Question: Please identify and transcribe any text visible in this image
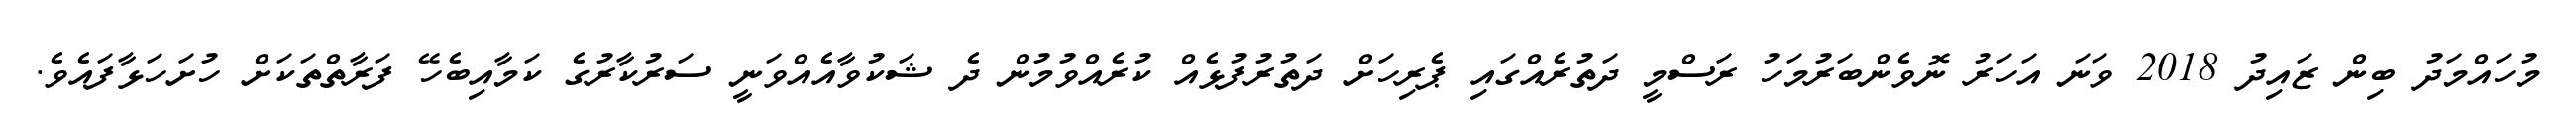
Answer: މުހައްމަދު ބިން ޒައިދު 2018 ވަނަ އަހަރު ނޮވެންބަރުމަހު ރަސްމީ ދަތުރެއްގައި ޕެރިހަށް ދަތުރުފުޅެއް ކުރެއްވުމުން ދެ ޝަކުވާއެއްވަނީ ސަރުކާރުގެ ކަމާއިބެހޭ ފަރާތްތަކަށް ހުށަހަޅާފައެވެ.